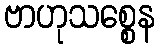
ဗာဟုသစ္စေန